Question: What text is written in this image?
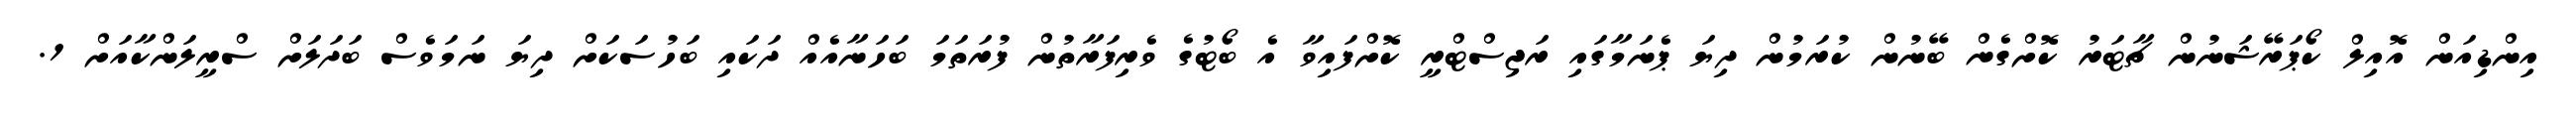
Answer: އިންޑިއަން އޮއިލް ކޯޕަރޭޝަނުން ޗާޓަރު ކޮށްގެން ބޭނުން ކުރަމުން ދިޔަ ޕެނަމާގައި ރަޖިސްޓްރީ ކޮށްފައިވާ އެ ބޯޓުގެ ވެރިފަރާތުން ފުރަތަމަ ބަހަނާއެއް ދަކައި ބަހުސަކަށް ދިޔަ ނަމަވެސް ބަދަލަށް ސްރީލަންކާއަށް 1.